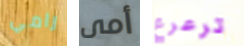
رامي أمى ترعرع